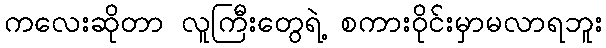
ကလေးဆိုတာ လူကြီးတွေရဲ့ စကားဝိုင်းမှာမလာရဘူး